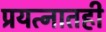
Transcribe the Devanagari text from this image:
प्रयत्नातही